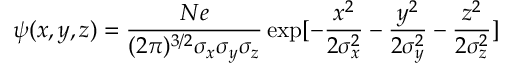
\psi ( x , y , z ) = \frac { N e } { ( 2 \pi ) ^ { 3 / 2 } \sigma _ { x } \sigma _ { y } \sigma _ { z } } \exp [ - \frac { x ^ { 2 } } { 2 \sigma _ { x } ^ { 2 } } - \frac { y ^ { 2 } } { 2 \sigma _ { y } ^ { 2 } } - \frac { z ^ { 2 } } { 2 \sigma _ { z } ^ { 2 } } ]